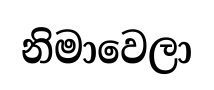
නිමාවෙලා